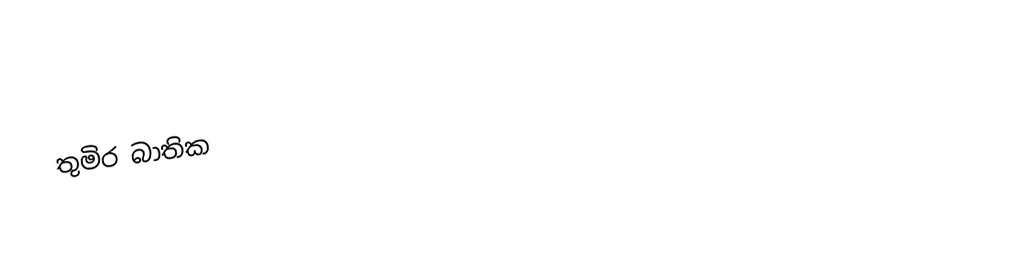
තුමිර බාතික